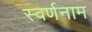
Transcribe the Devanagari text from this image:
स्वर्णनाम